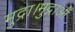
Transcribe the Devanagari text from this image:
मुद्रा।मुद्राओं